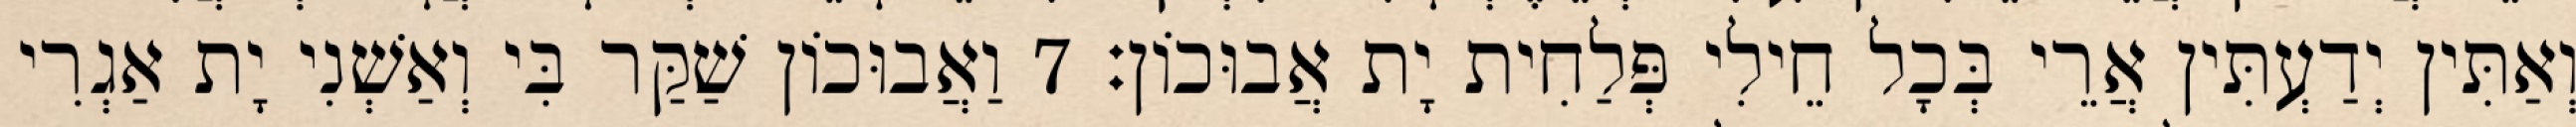
וְאַתִּין יְדַעְתִּין אֲרֵי בְּכָל חֵילִי פְּלַחִית יָת אֲבוּכוֹן׃ 7 וַאֲבוּכוֹן שַׁקַּר בִּי וְאַשְׁנִי יָת אַגְרִי